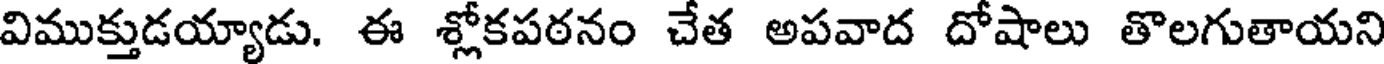
విముక్తుడయ్యాడు. ఈ శ్లోకపఠనం చేత అపవాద దోషాలు తొలగుతాయని